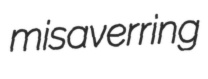
misaverring